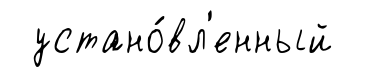
устано́вл'енный